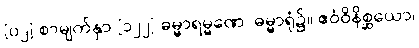
[၀၂] စာမျက်နှာ [၁၂၂] ဓမ္မာရမ္မဏေ၊ ဓမ္မာရုံ၌။ ဧဝံဝိနိစ္ဆယော၊